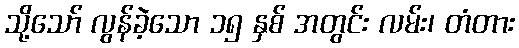
သို့သော် လွန်ခဲ့သော ၁၅ နှစ် အတွင်း လမ်း၊ တံတား